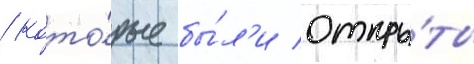
/ кото́рые бы́л'и откры́ты